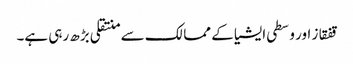
قفقاز اور وسطی ایشیا کے ممالک سے منتقلی بڑھ رہی ہے۔